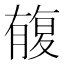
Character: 㬼